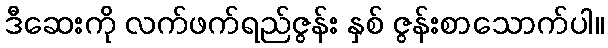
ဒီဆေးကို လက်ဖက်ရည်ဇွန်း နှစ် ဇွန်းစာသောက်ပါ။